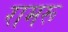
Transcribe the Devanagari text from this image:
रामरू